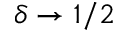
\delta \rightarrow 1 / 2